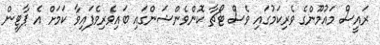
ރައީސް މައުމޫންގެ ވެރިކަމުގައި ވެސް ޓޯޗާ ކޮންވެންޝަންގައި ބައިވެރިވެފައިވާ ކަމަށް އެ ޕާޓީން